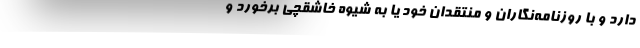
دارد و با روزنامه‌نگاران و منتقدان خود یا به شیوه خاشقچی برخورد و